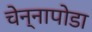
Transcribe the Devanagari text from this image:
चेन्‍नापोडा